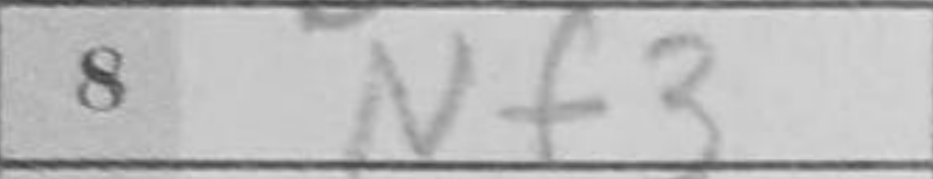
Transcription: Nf3